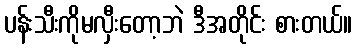
ပန်းသီးကိုမလှီးတော့ဘဲ ဒီအတိုင်း စားတယ်။